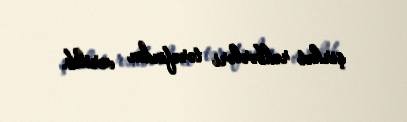
şirkət rəhbərləri tərəfindən verilib.